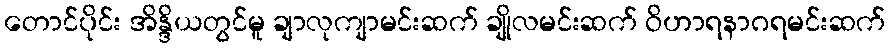
တောင်ပိုင်း အိန္ဒိယတွင်မူ ချာလုကျာမင်းဆက် ချိုလမင်းဆက် ဝိဟာရနာဂရမင်းဆက်